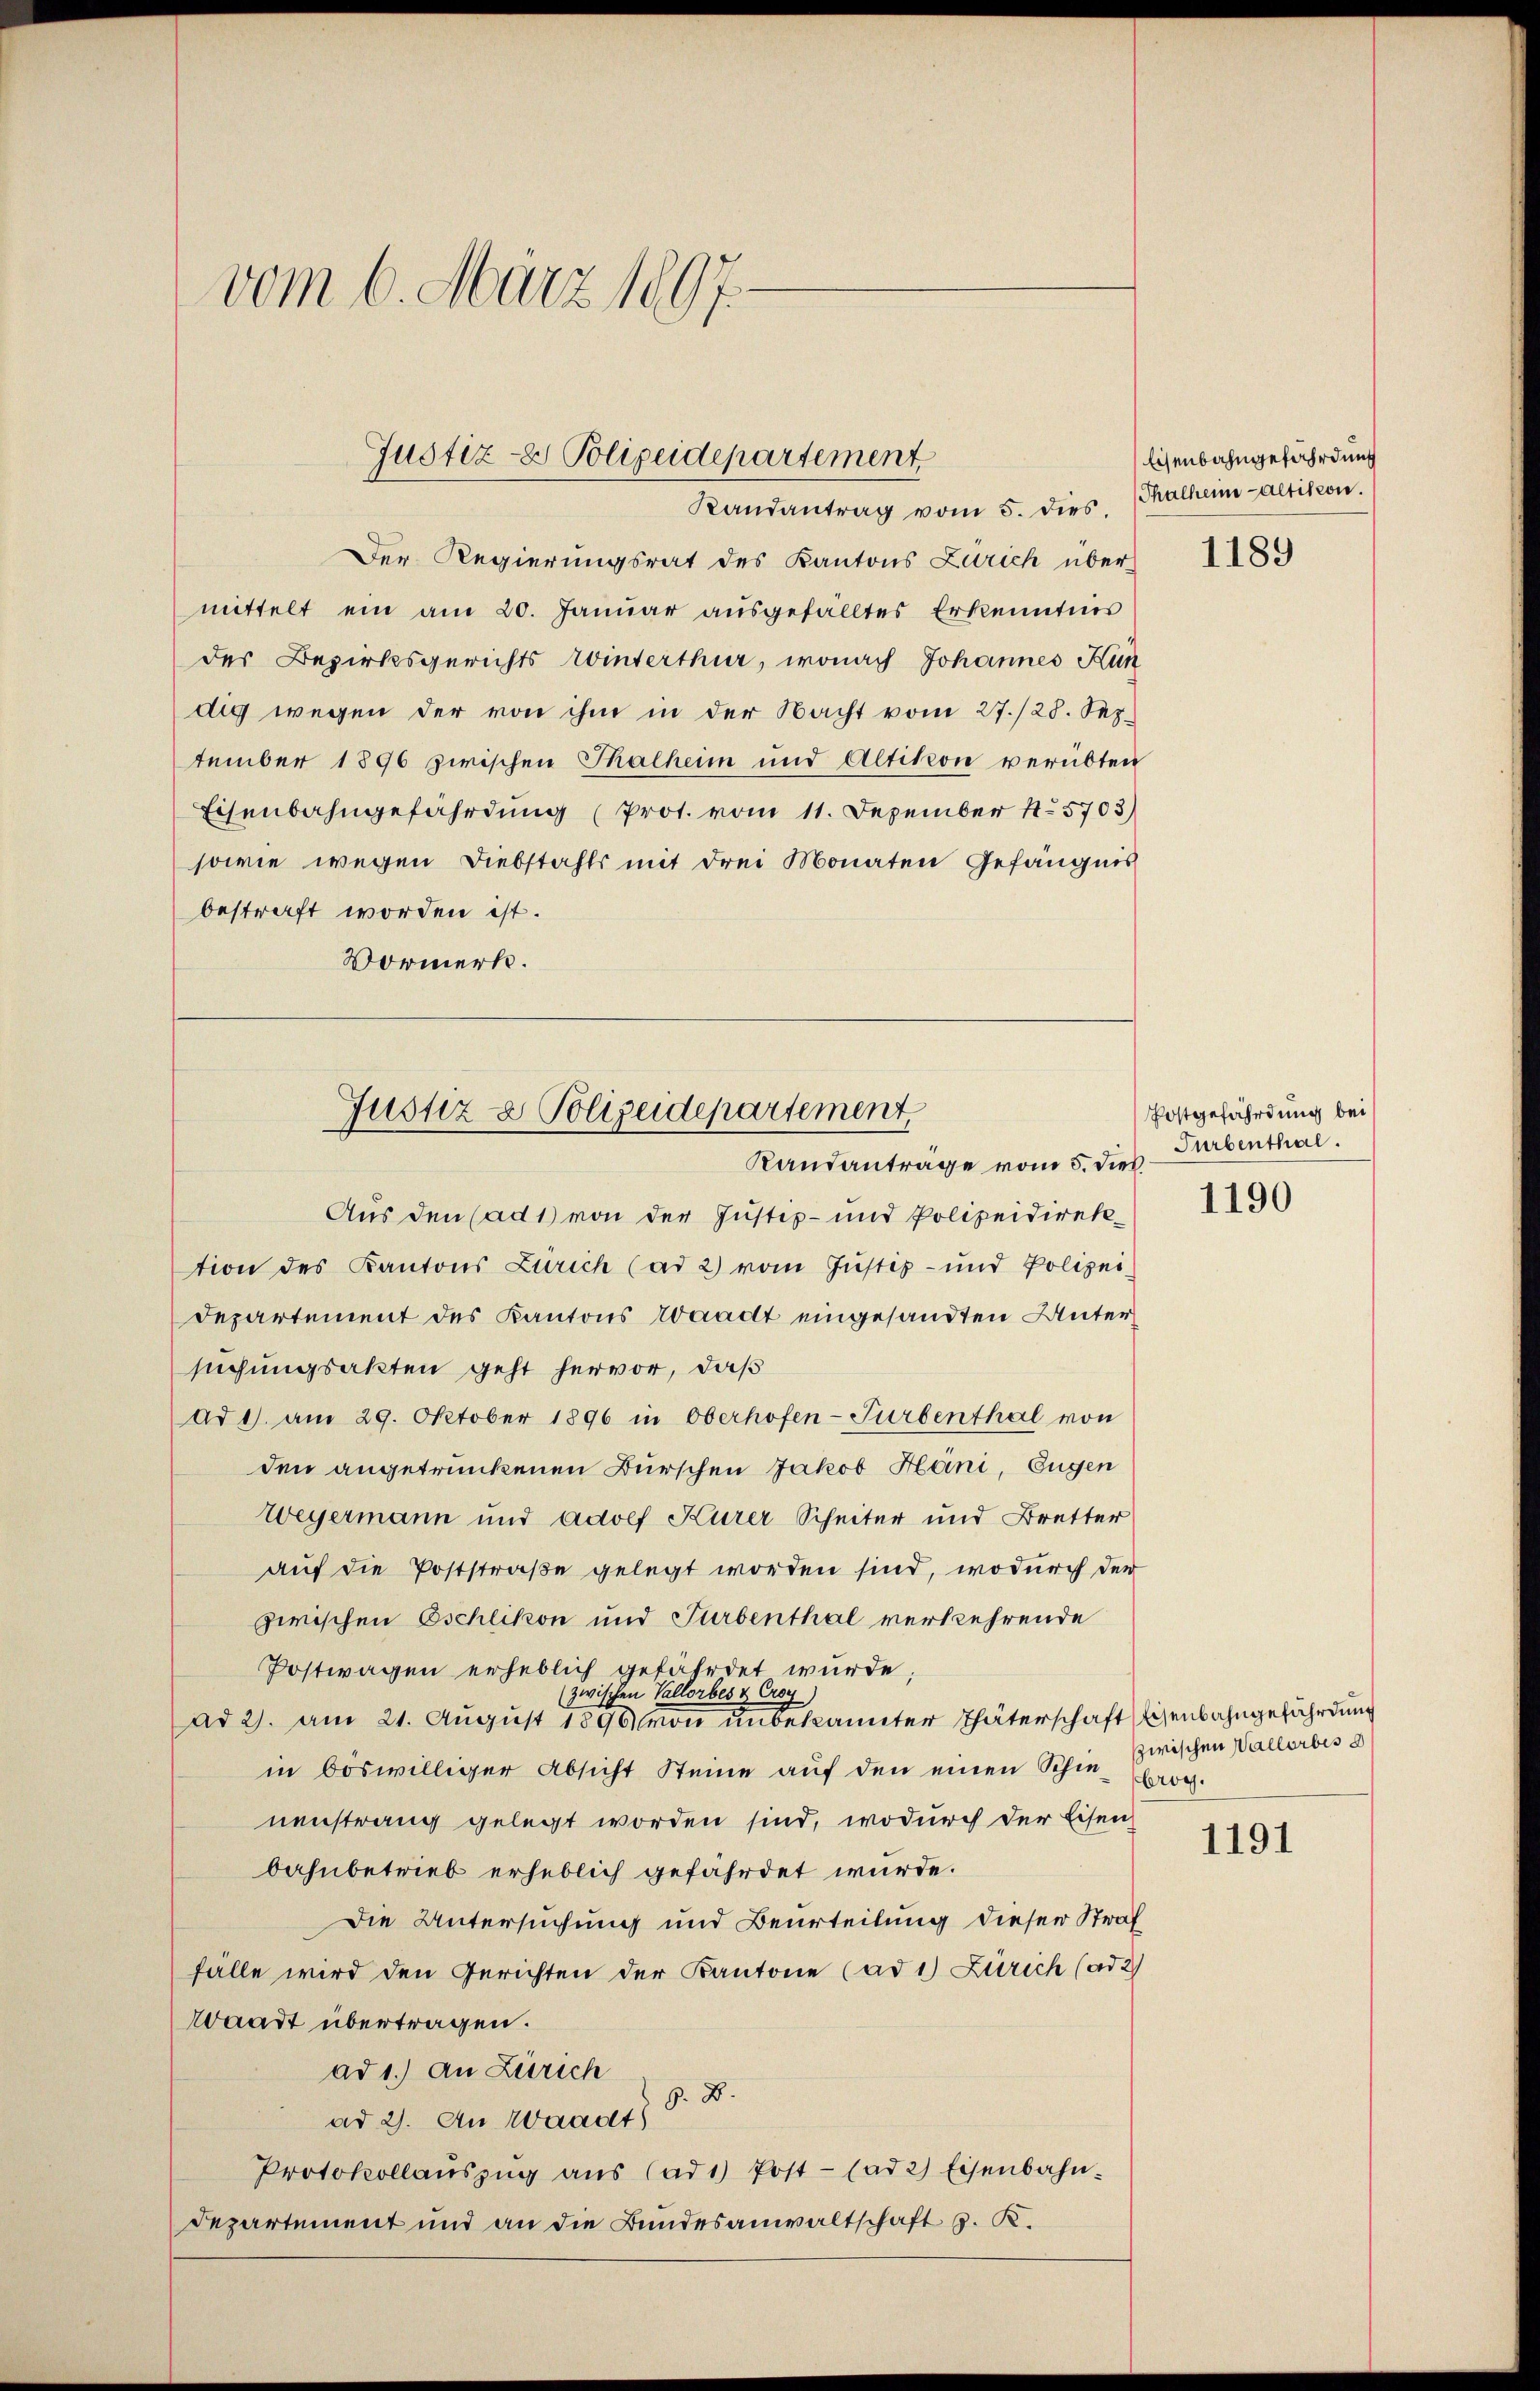
vom 6. März 1897.

Justiz- & Polizeidepartement
Randantrag vom 5. dies

Der Regierungsrat des Kantons Zürich über
mittelt ein am 20. Januar ausgefälltes Erkenntnis
des Bezirksgerichts Winterthur, wonach Johannes Kun
dig wegen der von ihm in der Nacht vom 27./28. Sep
tember 1896 zwischen Thalheim und Altikon verübten
Eisenbahngefährdung (Prot. vom 11. Dezember 15703)
sowie wegen Diebstahls mit drei Monaten Gefängnis
bestraft worden ist.
Vormerk.
Aus den (ad 1) von der Justiz- und Polizeidirektion des Kantons Zürich (ad 2) vom Justiz- und Polizei-
Departement des Kantons Waadt eingesandten Untersuchungsakten geht hervor, daß
ad 1. am 29. Oktober 1896 in Oberhofen-Turbenthal von
den angetrunkenen Burschen Jakob Häni, Eugen
Wegermann und Adolf Kurer Scheiter und Bretter
auf die Poststraße gelegt worden sind, wodurch der
zwischen Eschlikon und Turbenthal verkehrende
Postwagen erheblich gefährdet wurde,
(zwischen Vallorbes & Croy
ad 2. am 21. August 1896 von unbekannter Thäterschaft Eisenbahngefährdung
in böswilliger Absicht Steine auf den einen Schie-Cog.
nenstrang gelegt worden sind, wodurch der Eisen
bahnbetrieb erheblich gefährdet wurde.
Die Untersuchung und Beurteilung dieser Straf
fälle wird den Gerichten der Kantone (ad 1) Zürich (ad 2)
Waadt übertragen.
ad 1.) An Zürich
G. B.
ad 2. An Waadt
Protokollaŭszŭg aŭs (ad 1) Post- (ad 2) Eisenbahn.
Departement und an die Bundesanwaltschaft p. K.

Justiz- & Polizeidepartement
Randantrage vom 5. dies

Eisenbahngefährdung
(Thalheim Altikon.

1189

Postgefährdung bei
Surbenthal.
1190

zwischen Vallorbes d

1191